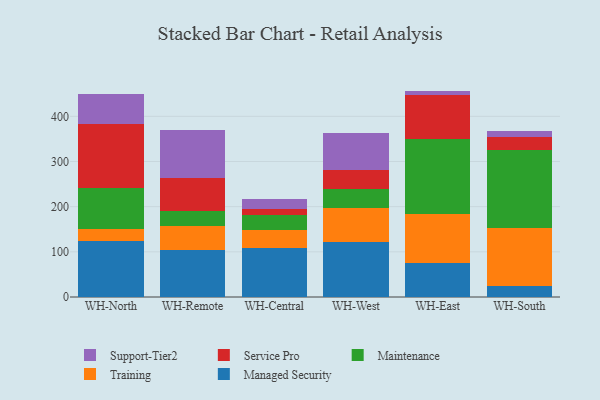
{"axis": {"x": "Warehouse", "y": "Budget (USD K)"}, "legend": ["Maintenance", "Managed Security", "Service Pro", "Support-Tier2", "Training"], "data": [{"x": "WH-North", "y": 123.4, "type": "Managed Security"}, {"x": "WH-North", "y": 27.0, "type": "Training"}, {"x": "WH-North", "y": 90.4, "type": "Maintenance"}, {"x": "WH-North", "y": 142.0, "type": "Service Pro"}, {"x": "WH-North", "y": 66.1, "type": "Support-Tier2"}, {"x": "WH-Remote", "y": 103.0, "type": "Managed Security"}, {"x": "WH-Remote", "y": 55.3, "type": "Training"}, {"x": "WH-Remote", "y": 31.5, "type": "Maintenance"}, {"x": "WH-Remote", "y": 74.6, "type": "Service Pro"}, {"x": "WH-Remote", "y": 105.8, "type": "Support-Tier2"}, {"x": "WH-Central", "y": 108.3, "type": "Managed Security"}, {"x": "WH-Central", "y": 40.9, "type": "Training"}, {"x": "WH-Central", "y": 32.4, "type": "Maintenance"}, {"x": "WH-Central", "y": 13.0, "type": "Service Pro"}, {"x": "WH-Central", "y": 22.9, "type": "Support-Tier2"}, {"x": "WH-West", "y": 121.7, "type": "Managed Security"}, {"x": "WH-West", "y": 74.6, "type": "Training"}, {"x": "WH-West", "y": 43.8, "type": "Maintenance"}, {"x": "WH-West", "y": 41.2, "type": "Service Pro"}, {"x": "WH-West", "y": 82.1, "type": "Support-Tier2"}, {"x": "WH-East", "y": 75.7, "type": "Managed Security"}, {"x": "WH-East", "y": 107.6, "type": "Training"}, {"x": "WH-East", "y": 166.4, "type": "Maintenance"}, {"x": "WH-East", "y": 97.6, "type": "Service Pro"}, {"x": "WH-East", "y": 9.1, "type": "Support-Tier2"}, {"x": "WH-South", "y": 24.9, "type": "Managed Security"}, {"x": "WH-South", "y": 128.2, "type": "Training"}, {"x": "WH-South", "y": 173.4, "type": "Maintenance"}, {"x": "WH-South", "y": 27.4, "type": "Service Pro"}, {"x": "WH-South", "y": 12.6, "type": "Support-Tier2"}]}